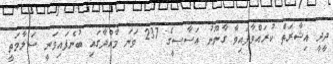
ދީދީ އިޝާރަތް ކުރައްވާފައިވާ ގާނޫނު އަސާސީގެ 237 ވަނަ މާއްދާގައި ބުނެފައިވަނީ ސަލާމަތީ